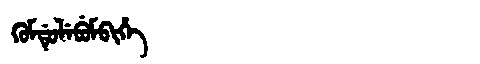
Manchu: ᡴᡠᠮᡩᡠᠯᡝᠪᡠᠮᠪᡳᡥᡝ
Romanization: KUMDULEBUMBIHE